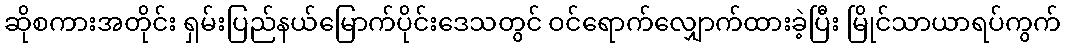
ဆိုစကားအတိုင်း ရှမ်းပြည်နယ်မြောက်ပိုင်းဒေသတွင် ဝင်ရောက်လျှောက်ထားခဲ့ပြီး မြိုင်သာယာရပ်ကွက်